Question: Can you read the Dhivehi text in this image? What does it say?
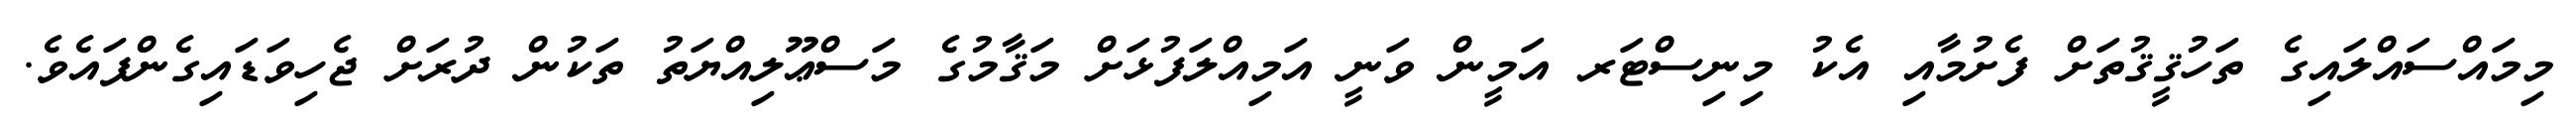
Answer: މިމައްސައްލައިގެ ތަހުޤީޤުތަށް ފެށުމާއި އެކު މިނިސްޓަރ އަމީން ވަނީ އަމިއްލަފުޅަށް މަޤާމުގެ މަސްޢޫލިއްޔަތު ތަކުން ދުރަށް ޖެހިވަޑައިގެންފައެވެ.